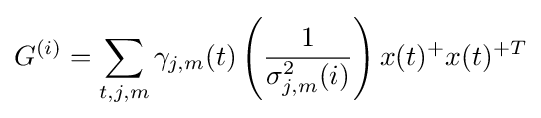
G^{(i)}=\sum _{t,j,m}\gamma _{j,m}(t)\left({\frac {1}{\sigma _{j,m}^{2}(i)}}\right)x(t)^{+}x(t)^{+T}\displaystyle